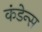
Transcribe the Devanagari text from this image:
कंडेन्स